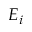
E _ { i }